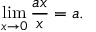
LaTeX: \operatorname* { l i m } _ { x \to 0 } { \frac { a x } { x } } = a . \qquad